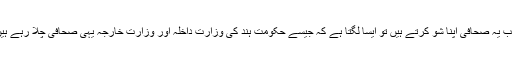
جب یہ صحافی اپنا شو کرتے ہیں تو ایسا لگتا ہے کہ جیسے حکومت ہند کی وزارت داخلہ اور وزارت خارجہ یہی صحافی چلا رہے ہیں۔